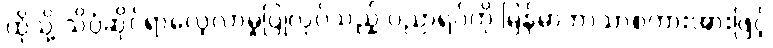
ထိုသို့ သိပ္ပံဆိုင်ရာလေ့လာမှုပြုလုပ်သည့် ပညာရပ်ကို မြန်မာဘာသာစကားအားဖြင့်